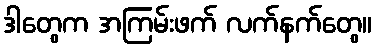
ဒါတွေက အကြမ်းဖက် လက်နက်တွေ။